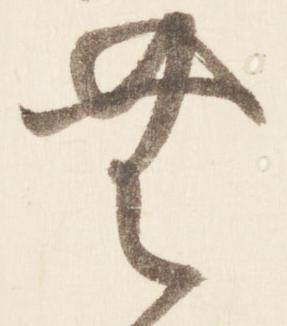
無